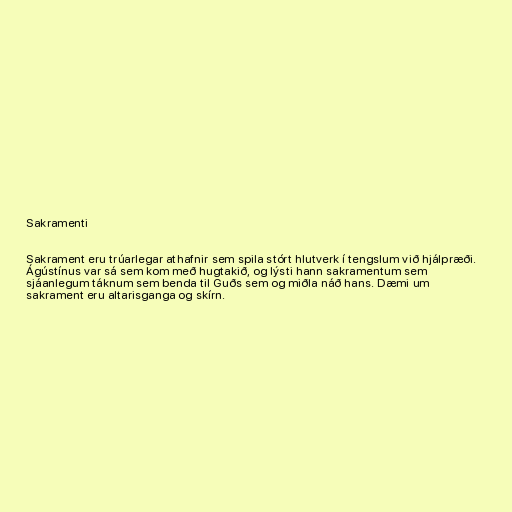
Sakramenti

Sakrament eru trúarlegar athafnir sem spila stórt hlutverk í tengslum við hjálpræði.
Ágústínus var sá sem kom með hugtakið, og lýsti hann sakramentum sem
sjáanlegum táknum sem benda til Guðs sem og miðla náð hans. Dæmi um
sakrament eru altarisganga og skírn.